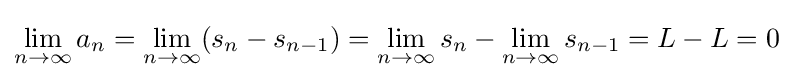
\lim _{n\to \infty }a_{n}=\lim _{n\to \infty }(s_{n}-s_{n-1})=\lim _{n\to \infty }s_{n}-\lim _{n\to \infty }s_{n-1}=L-L=0